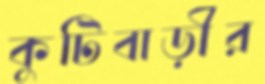
কুটিবাড়ীর